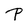
Character: P